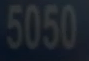
5050